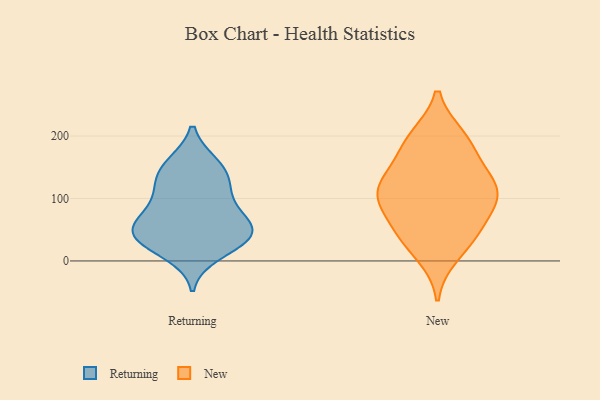
{"axis": {"x": "Demand Index", "y": "Value"}, "legend": ["New", "Returning"], "data": [{"x": "", "y": 40, "type": "Returning"}, {"x": "", "y": 115, "type": "Returning"}, {"x": "", "y": 123, "type": "Returning"}, {"x": "", "y": 135, "type": "Returning"}, {"x": "", "y": 50, "type": "Returning"}, {"x": "", "y": 156, "type": "Returning"}, {"x": "", "y": 11, "type": "Returning"}, {"x": "", "y": 156, "type": "Returning"}, {"x": "", "y": 26, "type": "Returning"}, {"x": "", "y": 85, "type": "Returning"}, {"x": "", "y": 47, "type": "Returning"}, {"x": "", "y": 37, "type": "Returning"}, {"x": "", "y": 83, "type": "Returning"}, {"x": "", "y": 47, "type": "Returning"}, {"x": "", "y": 62, "type": "Returning"}, {"x": "", "y": 122, "type": "New"}, {"x": "", "y": 10, "type": "New"}, {"x": "", "y": 198, "type": "New"}, {"x": "", "y": 112, "type": "New"}, {"x": "", "y": 99, "type": "New"}, {"x": "", "y": 99, "type": "New"}, {"x": "", "y": 51, "type": "New"}, {"x": "", "y": 182, "type": "New"}, {"x": "", "y": 147, "type": "New"}, {"x": "", "y": 195, "type": "New"}, {"x": "", "y": 96, "type": "New"}, {"x": "", "y": 47, "type": "New"}, {"x": "", "y": 124, "type": "New"}, {"x": "", "y": 40, "type": "New"}]}